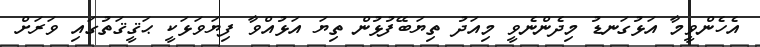
އެހެންވީމާ އަޅުގަނޑު މިދެންނެވީ މިއަދު ތިޔަބޭފުޅުން ތިޔަ އަޅުއްވާ ފިޔަވަޅަކީ ޙަޤީޤަތުގައި ވަރަށް